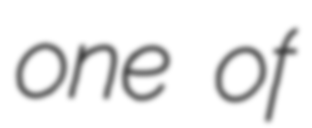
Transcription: one of